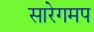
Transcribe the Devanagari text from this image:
सारेगमप